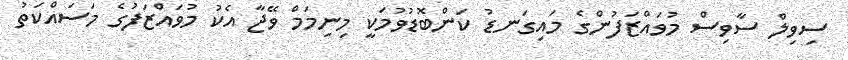
ސިވިލް ސާވިސް މުވައްޒަފުންގެ މައިގަނޑު ކަންބޮޑުވުމަކީ މިނިމަމް ވޭޖާ އެކު މުވައްޒަފުގެ މަސައްކަތު